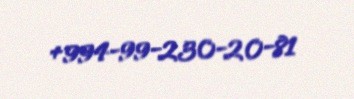
+994-99-230-20-81